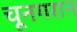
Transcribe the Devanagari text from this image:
चूनगरान